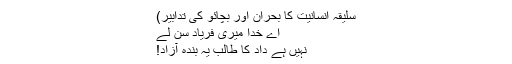
سلیقہ انسانیت کا بحران اور بچائو کی تدابیر)
اے خدا میری فریاد سن لے
نہیں ہے داد کا طالب یہ بندۂ آزاد!